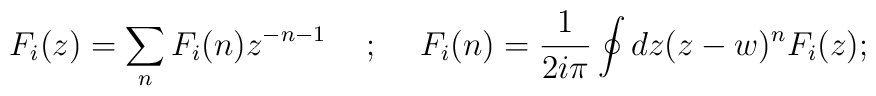
F_{i}(z) = \sum_{n}F_{i}(n)z^{-n-1}\hspace{5mm} ; \hspace{5mm}F_{i}(n) =\frac{1}{2i\pi}\oint{dz(z - w)^{n}F_{i}(z)} ;